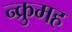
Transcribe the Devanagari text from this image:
न्क्रुमह